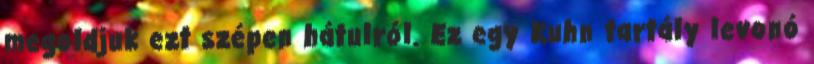
megoldjuk ezt szépen hátulról. Ez egy Kuhn tartály levonó